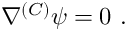
\nabla ^ { ( C ) } \psi = 0 ~ .